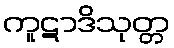
ကူဋာဒိသုတ္တ